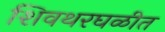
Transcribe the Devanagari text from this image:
शिवथरघळीत